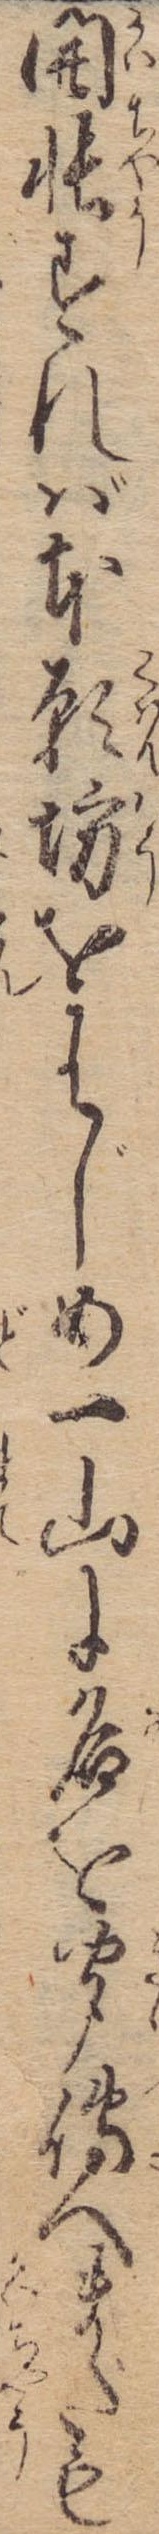
開帳すれば本願坊をはじめ一山に名を聞伝へまたも